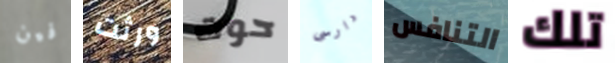
فين ورثت حوت دارسى التنافس تلك